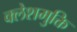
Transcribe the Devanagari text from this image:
क्लेशमुक्ति